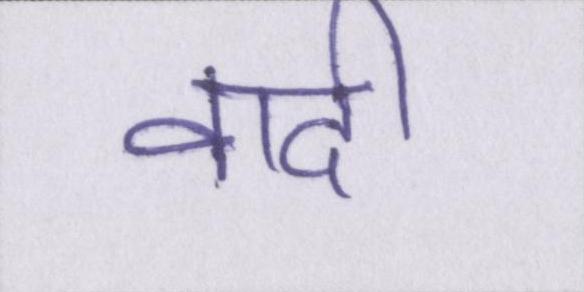
वादी